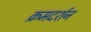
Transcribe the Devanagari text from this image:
क्रमदर्शन